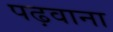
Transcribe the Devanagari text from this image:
पढ़वाना